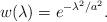
LaTeX: \begin{align*}w(\lambda)=e^{-\lambda^2/a^2}.\end{align*}